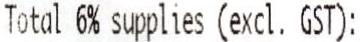
TOTAL 6% SUPPLIES (EXCL. GST):